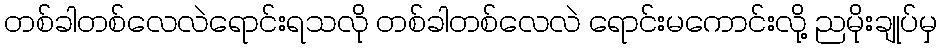
တစ်ခါတစ်လေလဲရောင်းရသလို တစ်ခါတစ်လေလဲ ရောင်းမကောင်းလို့ ညမိုးချုပ်မှ